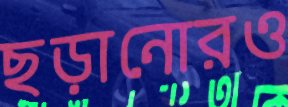
ছড়ানোরও